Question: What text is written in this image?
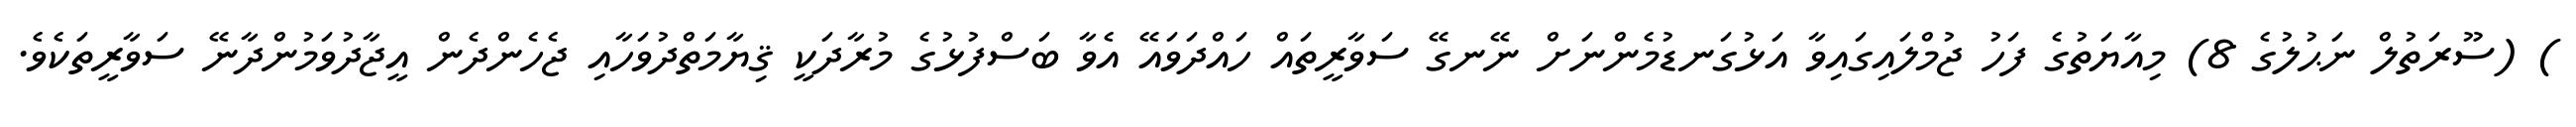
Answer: ) (ސޫރަތުލް ނަޙުލުގެ 8) މިއާޔަތުގެ ފަހު ޖުމްލައިގައިވާ އަޅުގަނޑުމެންނަށް ނޭނގޭ ސަވާރީތައް ހައްދަވައޭ އެވާ ބަސްފުޅުގެ މުރާދަކީ ޤިޔާމަތްދުވަހާއި ޖެހެންދެން އީޖާދުވަމުންދާނޭ ސަވާރީތަކެވެ.